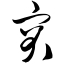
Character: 突